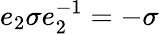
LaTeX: e_{2}\sigma e_{2}^{-1}=-\sigma